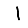
Digit: 1